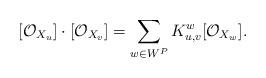
LaTeX: \begin{align*}[\mathcal{O}_{X_u}] \cdot [\mathcal{O}_{X_v}] = \sum_{w \in W^P} K_{u,v}^w [\mathcal{O}_{X_w}].\end{align*}